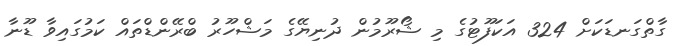
ގާތްގަނޑަކަށް 324 އަކަފޫޓުގެ މި ޝޯރޫމުން ދުނިޔޭގެ މަޝްހޫރު ބްރޭންޑްތައް ކަމުގައިވާ ޑޫނާ